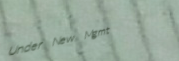
Under New Mgmt